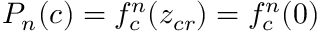
P _ { n } ( c ) = f _ { c } ^ { n } ( z _ { c r } ) = f _ { c } ^ { n } ( 0 )